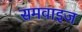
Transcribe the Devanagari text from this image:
समवाइज